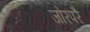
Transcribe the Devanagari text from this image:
जोरपरै